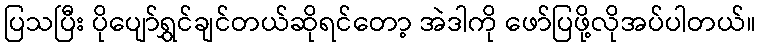
ပြသပြီး ပိုပျော်ရွှင်ချင်တယ်ဆိုရင်တော့ အဲဒါကို ဖော်ပြဖို့လိုအပ်ပါတယ်။